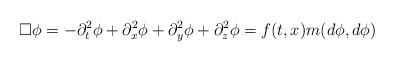
LaTeX: \begin{align*} \square \phi = -\partial_t^2 \phi + \partial_x^2 \phi + \partial_y^2 \phi + \partial_z^2 \phi = f(t,x) m(d\phi,d\phi)\end{align*}